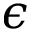
\epsilon